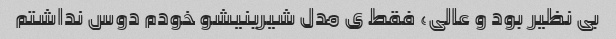
بی نظیر بود و عالی، فقط ی مدل شیرینیشو خودم دوس نداشتم